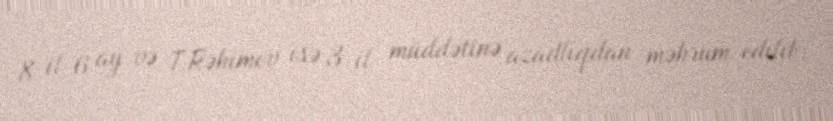
8 il 6 ay və T.Rəhimov isə 3 il müddətinə azadlıqdan məhrum edilib.